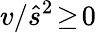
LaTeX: v/\hat{s}^{2}\! \ge\! 0